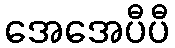
အေအေပီပီ